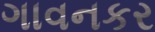
ગાવનકર